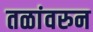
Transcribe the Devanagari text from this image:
तळांवरुन